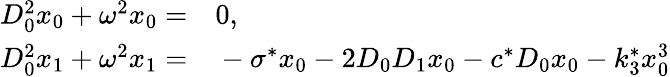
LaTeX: \begin{array}{rl}{D_{0}^{2}x_{0}+\omega^{2}x_{0}=}&{{}0,}\\ {D_{0}^{2}x_{1}+\omega^{2}x_{1}=}&{{}-\sigma^{*}x_{0}-2D_{0}D_{1}x_{0}-c^{*}D_{0}x_{0}-k_{3}^{*}x_{0}^{3}}\end{array}